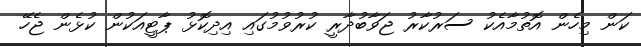
ކަން މިހެން އޮތުމާއެކު ސަރުކާރު ޖަވާބުދާރީ ކުރުވުމުގައި އިދިކޮޅު ޕާޓީއަކުން ކުޅެން ޖެހޭ